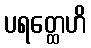
ပရတ္ထေဟိ